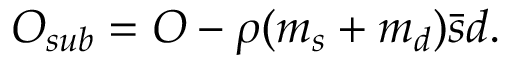
{ \cal O } _ { s u b } = { \cal O } - \rho ( m _ { s } + m _ { d } ) \bar { s } d .